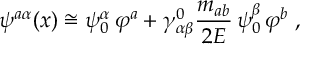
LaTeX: \psi ^ { a \alpha } ( x ) \cong \psi _ { 0 } ^ { \alpha } \, \varphi ^ { a } + \gamma _ { \alpha \beta } ^ { 0 } \frac { m _ { a b } } { 2 E } \, \psi _ { 0 } ^ { \beta } \, \varphi ^ { b } \; ,